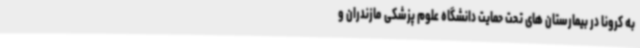
به کرونا در بیمارستان های تحت حمایت دانشگاه علوم پزشکی مازندران و